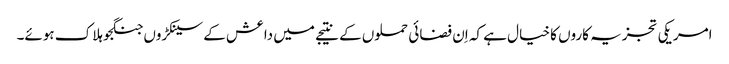
امریکی تجزیہ کاروں کا خیال ہے کہ اِن فضائی حملوں کے نتیجے میں داعش کے سینکڑوں جنگجو ہلاک ہوئے۔